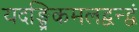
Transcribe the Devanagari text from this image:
यदङ्घ्रिकमलद्वन्द्वं